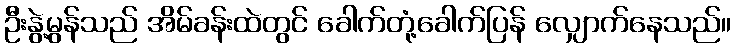
ဦးနွဲ့မွန်သည် အိမ်ခန်းထဲတွင် ခေါက်တုံ့ခေါက်ပြန် လျှောက်နေသည်။